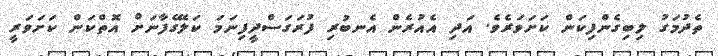
ތެދުމަގު ލިބިގެންފިކަން ކަށަވަރެވެ. އަދި އެއުރެން އެނބުރި ފުރަގަސްދީފިނަމަ ކަލޭގެފާނަށް އޮތްކަން ކަށަވަރީ